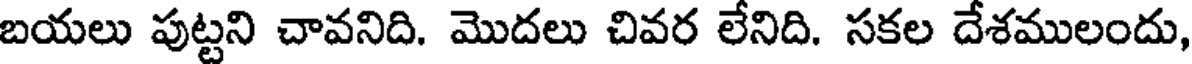
బయలు పుట్టని చావనిది. మొదలు చివర లేనిది. సకల దేశములందు,